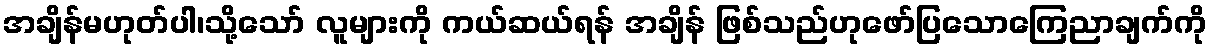
အချိန်မဟုတ်ပါ၊သို့သော် လူများကို ကယ်ဆယ်ရန် အချိန် ဖြစ်သည်ဟုဖော်ပြသောကြေညာချက်ကို